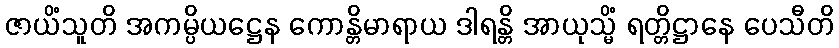
ဇာယိံသူတိ အကမ္ပိယဋ္ဌေန ကောန္တိမာရာယ ဒါရန္တိ အာယုသ္မိံ ရတ္တိဋ္ဌာနေ ပေသီတိ